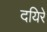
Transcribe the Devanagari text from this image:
दयिरे